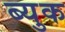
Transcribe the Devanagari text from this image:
ब्युक